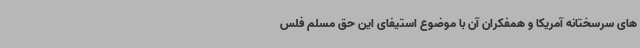
های سرسختانه آمریکا و همفکران آن با موضوع استیفای این حق مسلم فلس